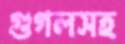
গুগলসহ